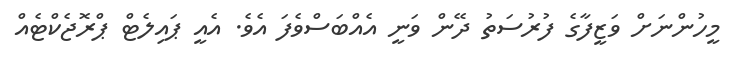
މީހުންނަށް ވަޒީފާގެ ފުރުސަތު ދޭން ވަނީ އެއްބަސްވެފަ އެވެ. އެއީ ޕައިލެޓް ޕްރޮޖެކްޓެއް